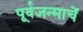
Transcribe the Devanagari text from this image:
पूर्वजन्माचें